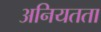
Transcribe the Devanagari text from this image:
अनियतता